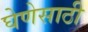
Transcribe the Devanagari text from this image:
घेणेसाठी